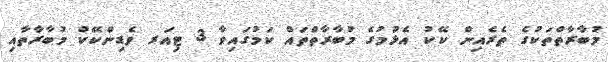
މުބާރާތްތަކުގެ ތެރެއިން ކޭކު އެޅުމުގެ މުބާރާތްތައް ކަމުގައިވާ 3 ޓިއަރ ވެޑިންކޭކް މުބާރާތާއި